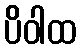
ပိဝါထ